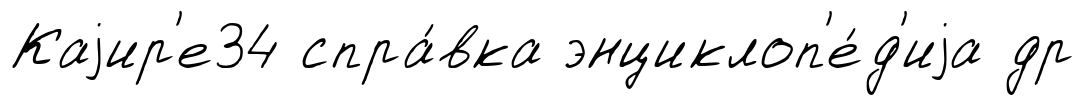
Каjир'е34 спра́вка энциклоп'е́д'иjа др